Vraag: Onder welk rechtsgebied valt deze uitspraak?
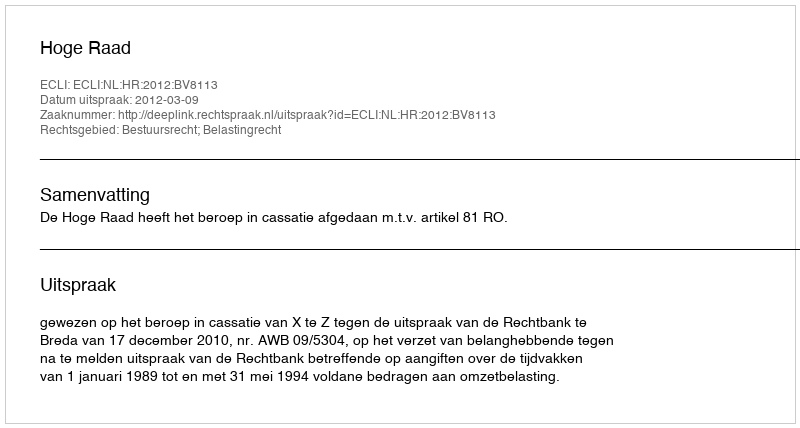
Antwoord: Bestuursrecht; Belastingrecht